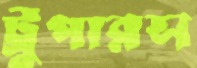
ট্রুপারস